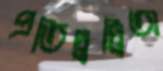
প্রতিদ্বদ্বিতা